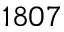
1 8 0 7